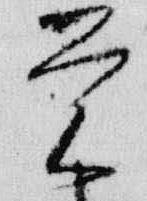
覚